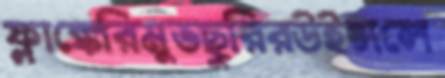
ফ্লাঙ্কেরিমুভছুরিরউইন্সলে